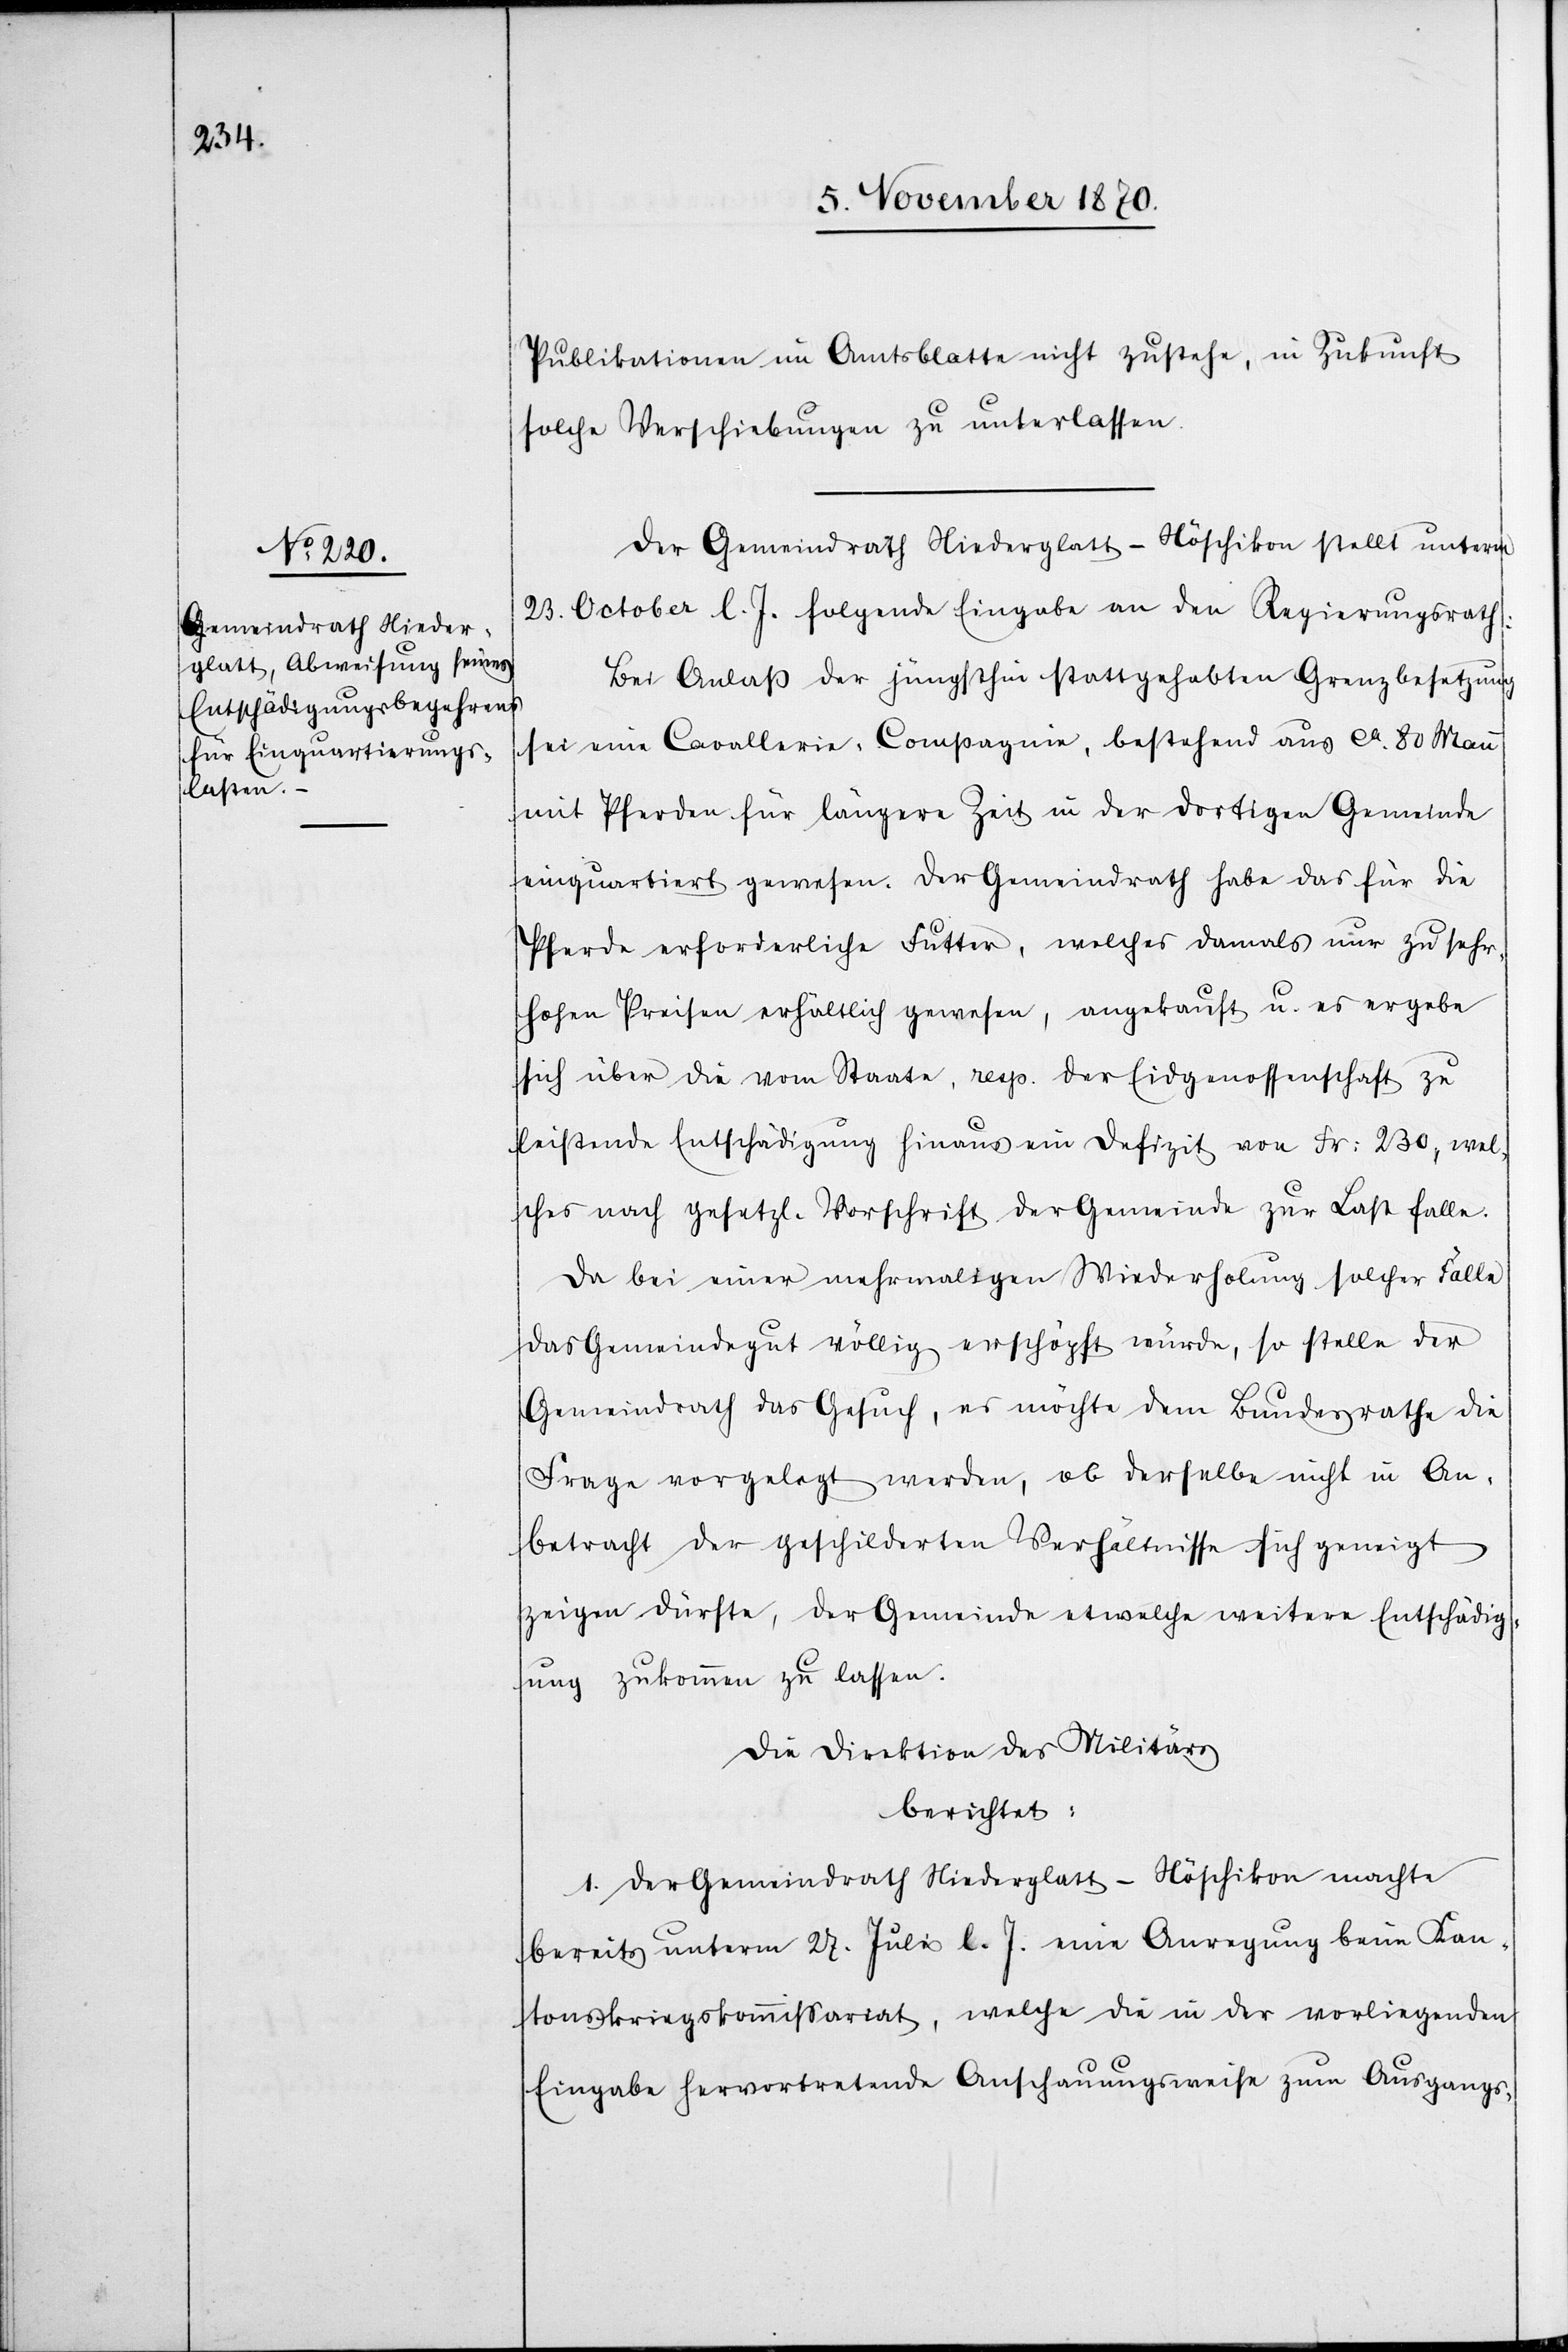
Publikationen im Amtsblatte nicht zustehe, in Zukunft
solche Verschiebungen zu unterlassen.
Der Gemeindrath Niederglatt - Nöschikon stellt unterm
23. October l. J. folgende Eingabe an den Regierungsrath:
Bei Anlaß der jüngsthin stattgehabten Grenzbesetzung
sei eine Cavallerie-Compagnie, bestehend aus ca. 80 Mann
mit Pferden für längere Zeit in der dortigen Gemeinde
einquartiert gewesen. Der Gemeindrath habe das für die
Pferde erforderliche Futter, welches damals nur zu sehr
hohen Preisen erhältlich gewesen, angekauft u. es ergebe
sich über die vom Staate, resp. der Eidgenossenschaft zu
leistende Entschädigung hinaus ein Defizit von Fr: 230, wel¬
ches nach gesetzl. Vorschrift der Gemeinde zur Last falle.
Da bei einer mehrmaligen Wiederholung solcher Fälle
das Gemeindegut völlig erschöpft würde, so stelle der
Gemeindrath das Gesuch, es möchte dem Bundesrathe die
Frage vorgelegt werden, ob derselbe nicht in An¬
betracht der geschilderten Verhältnisse sich geneigt
zeigen dürfte, der Gemeinde etwelche weitere Entschädig¬
ung zukommen zu lassen.
Die Direktion des Militärs
berichtet:
1. Der Gemeindrath Niederglatt - Nöschikon machte
bereits unterm 27. Juli l. J. eine Anregung beim Kan¬
tonskriegskommißariat, welche die in der vorliegenden
Eingabe hervortretende Anschauungsweise zum Ausgangs-